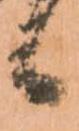
候